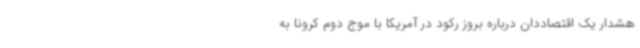
هشدار یک اقتصاددان درباره بروز رکود در آمریکا با موج دوم کرونا به